Indian journal of veterinary science and animal husbandry - Volume 5,
Year: 1935
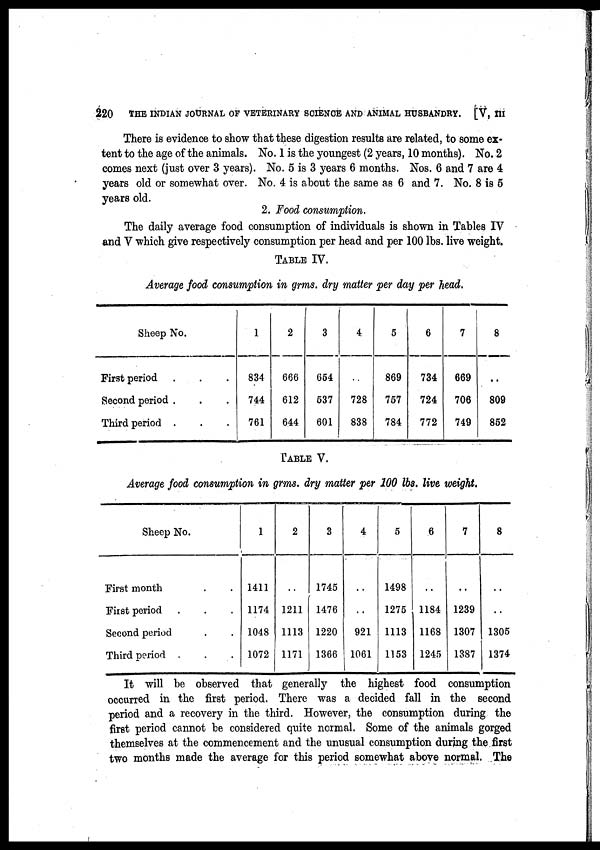
220
THE INDIAN JOURNAL OF VETERINARY SCIENCE AND ANIMAL HUSBANDRY. [V, III
There is evidence to show that these digestion results are related, to some ex-
tent to the age of the animals. No. 1 is the youngest (2 years, 10 months). No. 2
comes next (just over 3 years). No. 5 is 3 years 6 months. Nos. 6 and 7 are 4
years old or somewhat over. No. 4 is about the same as 6 and 7. No. 8 is 5
years old.
2. Food consumption.
The daily average food consumption of individuals is shown in Tables IV
and V which give respectively consumption per head and per 100 lbs. live weight.
TABLE IV.
Average food consumption in grms. dry matter per day per head.
Sheep No.
First period . . .
Second period .
Third period . .
1
834
744
761
2
666
612
644
3
654
537
601
4
..
728
838
5
869
757
784
6
734
724
772
7
669
706
749
8
..
809
852
TABLE V.
Average food consumption in grms. dry matter per 100 lbs. live weight.
Sheep No.
First month ..
First period ..
Second period ..
Third period ..
1
1411
1174
1048
1072
2
..
1211
1113
1171
3
1745
1476
1220
1366
4
..
..
921
1061
5
1498
1275
1113
1153
6
..
1184
1168
1245
7
..
1239
1307
1387
8
..
..
1305
1374
It will be observed that generally the highest food consumption
occurred in the first period. There was a decided fall in the second
period and a recovery in the third. However, the consumption during the
first period cannot be considered quite normal. Some of the animals gorged
themselves at the commencement and the unusual consumption during the first
two months made the average for this period somewhat above normal. The